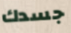
جسدك